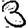
Digit: 3